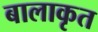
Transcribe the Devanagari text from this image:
बालाकृत